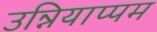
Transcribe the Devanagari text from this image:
उन्नियाप्पम